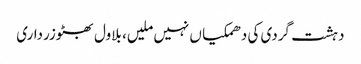
دہشت گردی کی دھمکیا ں نہیں ملیں، بلاول بھٹوزرداری